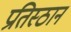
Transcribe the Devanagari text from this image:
प्रतिस्ठान